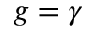
g = \gamma